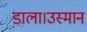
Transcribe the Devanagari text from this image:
डाला।उस्मान